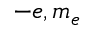
- e , m _ { e }